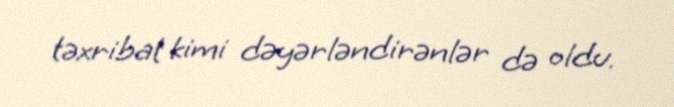
təxribat kimi dəyərləndirənlər də oldu.